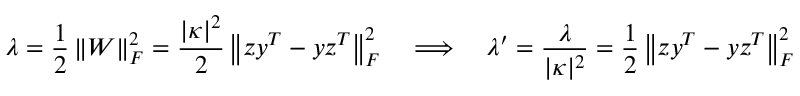
\lambda = \frac { 1 } { 2 } \left\| \boldsymbol { W } \right\| _ { F } ^ { 2 } = \frac { | \kappa | ^ { 2 } } { 2 } \left\| \boldsymbol { z } \boldsymbol { y } ^ { T } - \boldsymbol { y } \boldsymbol { z } ^ { T } \right\| _ { F } ^ { 2 } \quad \Longrightarrow \quad \lambda ^ { \prime } = \frac { \lambda } { | \kappa | ^ { 2 } } = \frac { 1 } { 2 } \left\| \boldsymbol { z } \boldsymbol { y } ^ { T } - \boldsymbol { y } \boldsymbol { z } ^ { T } \right\| _ { F } ^ { 2 }